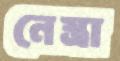
নেস্ত্রা